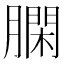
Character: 𦠯